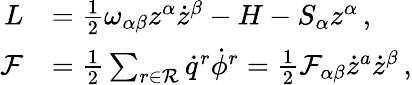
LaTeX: \begin{array}{rl}{L}&{=\frac{1}{2}\omega_{\alpha\beta}z^{\alpha}\dot{z}^{\beta}-H-S_{\alpha}{z}^{\alpha}\, ,}\\ {\mathcal{F}}&{=\frac{1}{2}\sum_{r\in\mathcal{R}}\dot{q}^{r}\dot{\phi}^{r}=\frac{1}{2}\mathcal{F}_{\alpha\beta}\dot{z}^{a}\dot{z}^{\beta}\, ,}\end{array}